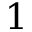
1